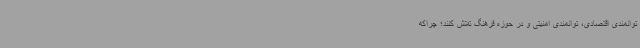
توانمندی اقتصادی، توانمندی امنیتی و در حوزه فرهنگ تلاش کنند؛ چراکه